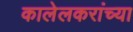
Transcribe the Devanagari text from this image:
कालेलकरांच्या